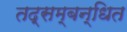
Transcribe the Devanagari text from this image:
तद्सम्बन्धित